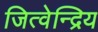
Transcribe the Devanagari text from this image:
जित्वेन्द्रिय